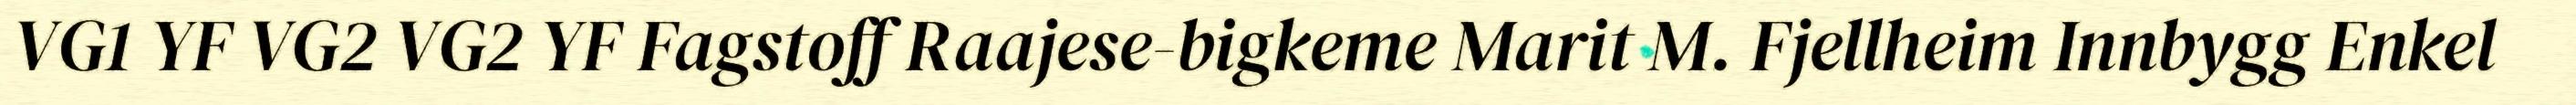
VG1 YF VG2 VG2 YF Fagstoff Raajese-bigkeme Marit M. Fjellheim Innbygg Enkel